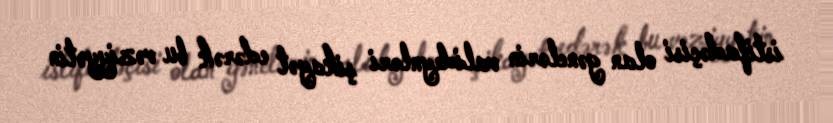
istifadəçisi olan gənclərin valideynləri şikayət edərək bu vəziyyətin